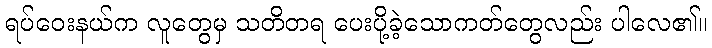
ရပ်ဝေးနယ်က လူတွေမှ သတိတရ ပေးပို့ခဲ့သောကတ်တွေလည်း ပါလေ၏။